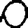
Digit: 0